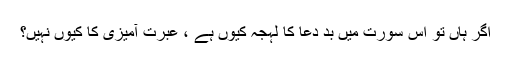
اگر ہاں تو اس سورت میں بد دعا کا لہجہ کیوں ہے ، عبرت آمیزی کا کیوں نہیں؟